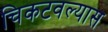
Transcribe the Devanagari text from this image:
चिकटवल्यास